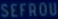
SEFROU